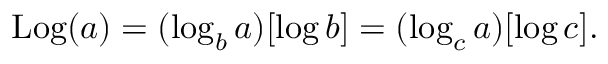
\operatorname { L o g } ( a ) = ( \log _ { b } a ) [ \log b ] = ( \log _ { c } a ) [ \log c ] .